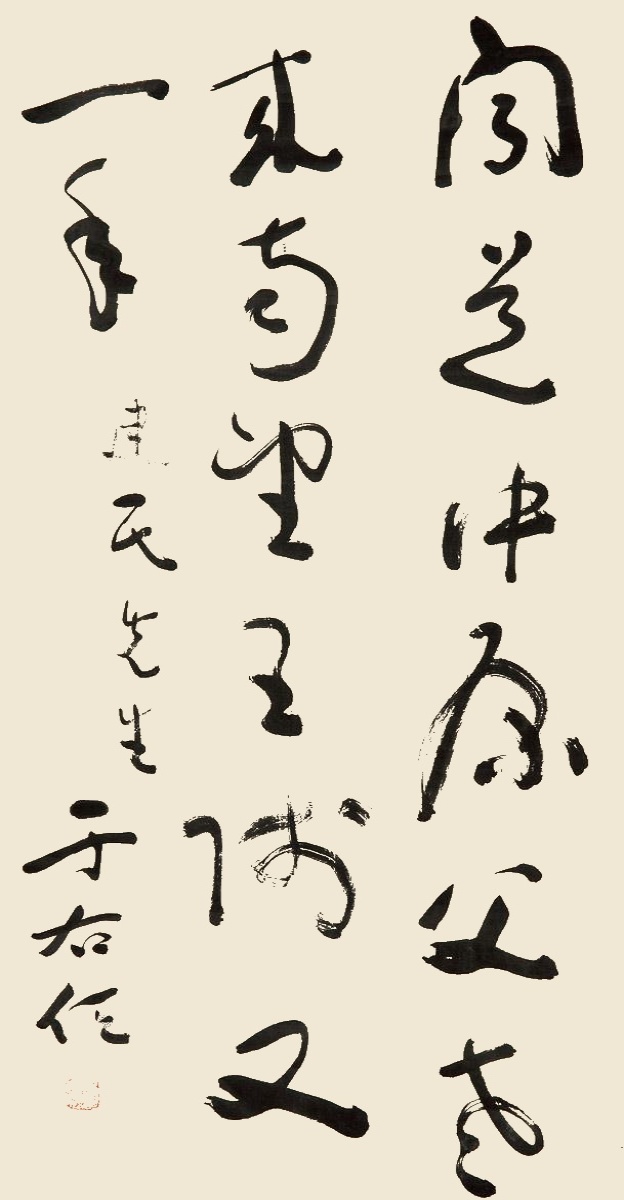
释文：闻道中原父老来，南望王师又一年。建民先生，于右任。